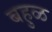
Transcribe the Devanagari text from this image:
बहुळ